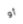
أو